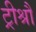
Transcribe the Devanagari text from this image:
ट्रीश्रौ